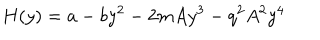
H ( y ) = a - b y ^ { 2 } - 2 m A y ^ { 3 } - q ^ { 2 } A ^ { 2 } y ^ { 4 }